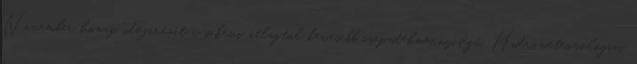
November hónap időjárását a sokévi átlagtól kevesebb csapadékmennyiségű, Hidrometeorológiai